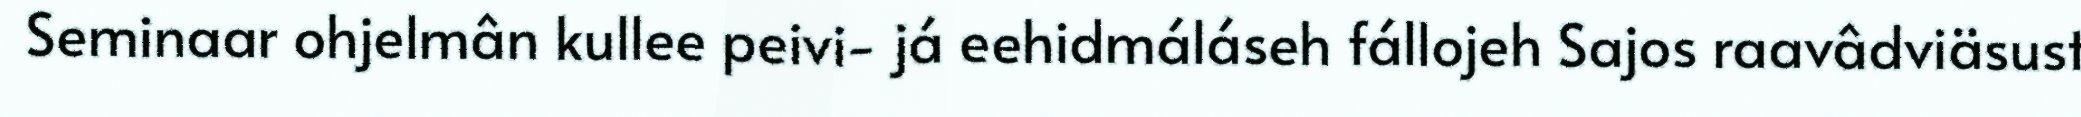
Seminaar ohjelmân kullee peivi- já eehidmáláseh fállojeh Sajos raavâdviäsust